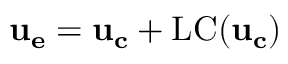
\mathbf { u _ { e } } = \mathbf { u _ { c } } + \mathrm { L C } ( \mathbf { u _ { c } } )